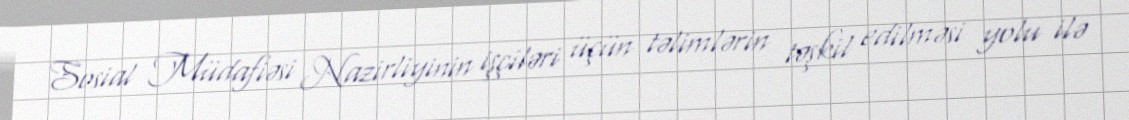
Sosial Müdafiəsi Nazirliyinin işçiləri üçün təlimlərin təşkil edilməsi yolu ilə